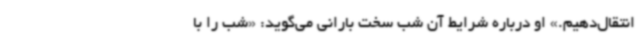
انتقال‌دهیم.» او درباره شرایط آن شب سخت بارانی می‌گوید: «شب را با